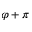
\varphi + \pi